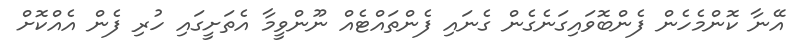
އޭނާ ކޮންމެހެން ފެންބޮވައިގަނެގެން ގެނައި ފެންތައްޓެއް ނޫންވީމާ އެތަށީގައި ހުރި ފެން އެއްކޮށް